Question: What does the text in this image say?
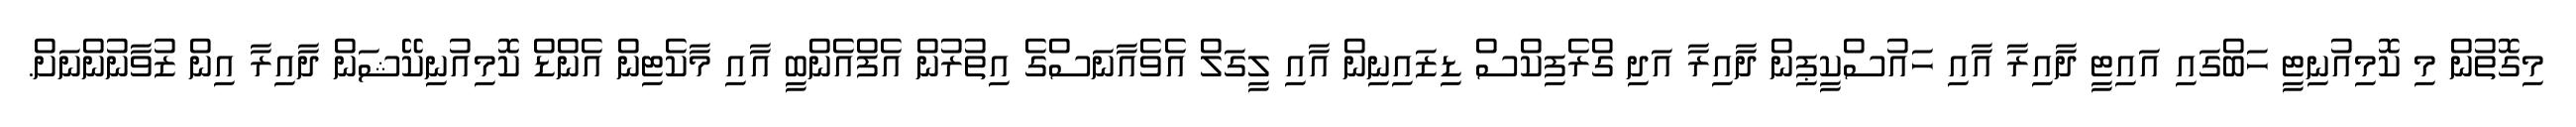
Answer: މިގޮތުން މި ކޮމިއުނިޓީ ހަބްގައި އައިޓީ ދާއިރާ އާއި ހައުސްކީޕިން ދާއިރާ އަދި ގްރެފިކްސް ޑިޒައިނިން އާއި ލީގަލް އެވެއާނަސްގެ އިތުރުން އެފްއެންބީ އާއި މާކެޓިން އެންޑް ކޮމިއުނިކޭޝަން ދާއިރާ އިން ޒުވާނުންނަށް.